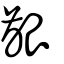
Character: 齦